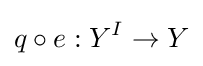
q\circ e:Y^{I}\to Y